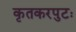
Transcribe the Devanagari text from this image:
कृतकरपुटः